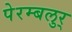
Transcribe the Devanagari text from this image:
पेरम्बलुर्